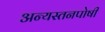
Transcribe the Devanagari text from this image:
अन्यस्तनपोषी